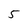
Character: 5